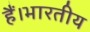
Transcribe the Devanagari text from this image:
हैं।भारतीय